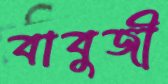
বাবুজী